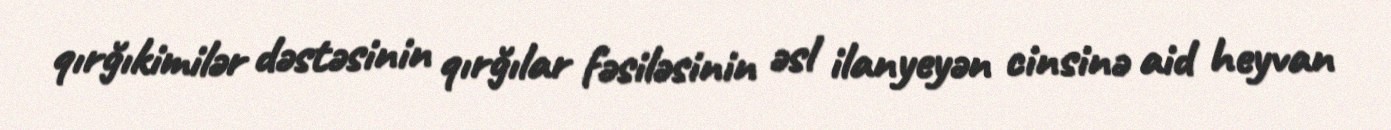
qırğıkimilər dəstəsinin qırğılar fəsiləsinin əsl ilanyeyən cinsinə aid heyvan